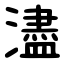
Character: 濜